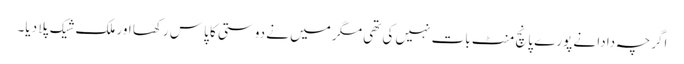
اگرچہ دادا نے پورے پانچ منٹ بات نہیں کی تھی مگر میں نے دوستی کا پاس رکھا اور ملک شیک پلا دیا۔